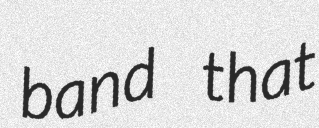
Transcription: band that